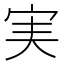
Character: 実